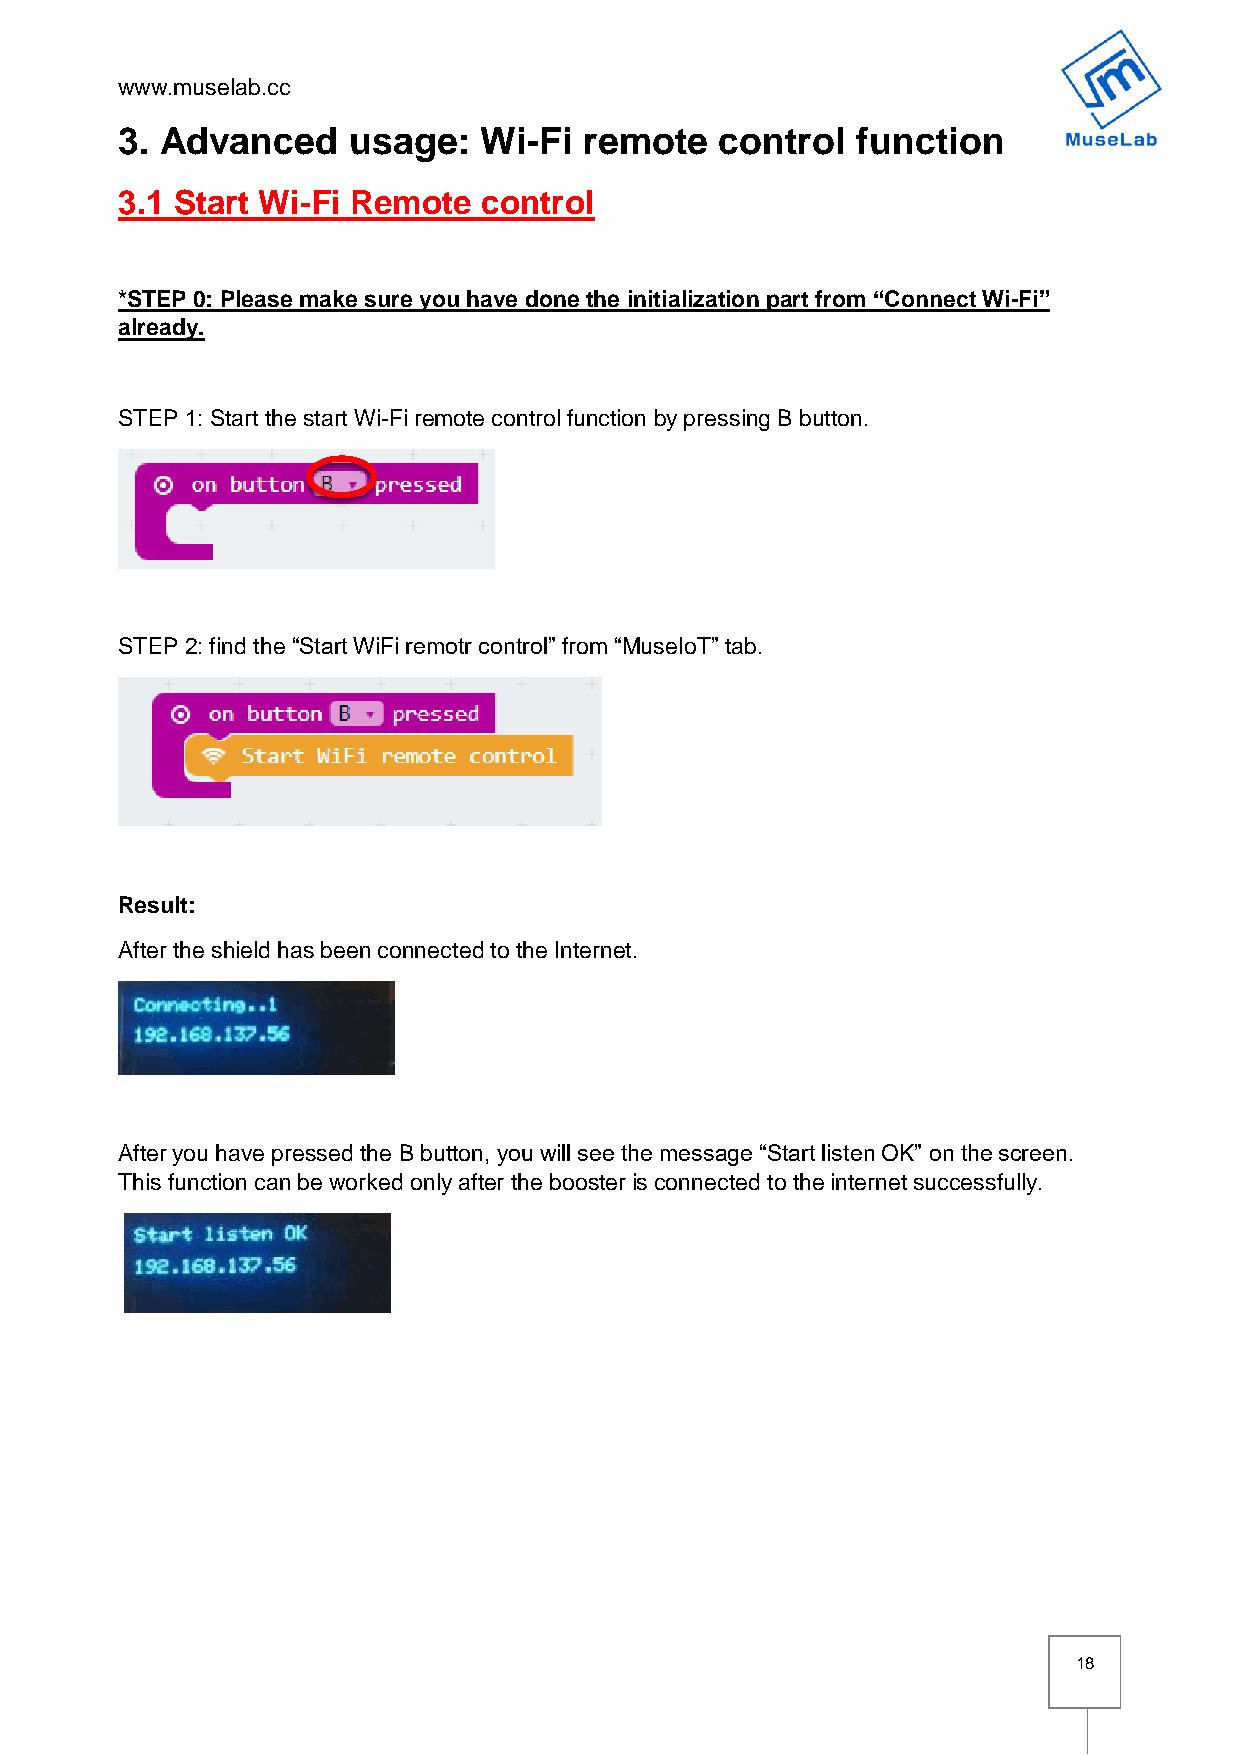
www.muselab.cc
 3. Advanced    usage:   Wi-Fi  remote   control  function
 3.1 Start Wi-Fi Remote  control
 *STEP 0: Please make sure you have done the initialization part from “Connect Wi-Fi”
 already.
 STEP 1: Start the start Wi-Fi remote control function by pressing B button.
 STEP 2: find the “Start WiFi remotr control” from “MuseIoT” tab.
 Result:
 After the shield has been connected to the Internet.
 After you have pressed the B button, you will see the message “Start listen OK” on the screen.
 This function can be worked only after the booster is connected to the internet successfully.
 18